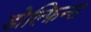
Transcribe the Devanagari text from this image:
डोल्फ़िन्स